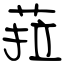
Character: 菈